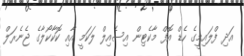
އަދި ފްލައިމީގެ ހެޑް އޮފް މާކެޓިން އިސެއިލް ލަކަމީ އާއި ކޮކާކޯލާގެ ޖެނެރަލް